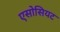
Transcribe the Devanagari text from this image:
एसोसियट